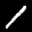
Label: 1